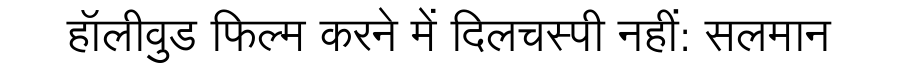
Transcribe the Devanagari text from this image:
हॉलीवुड फिल्म करने में दिलचस्पी नहीं: सलमान